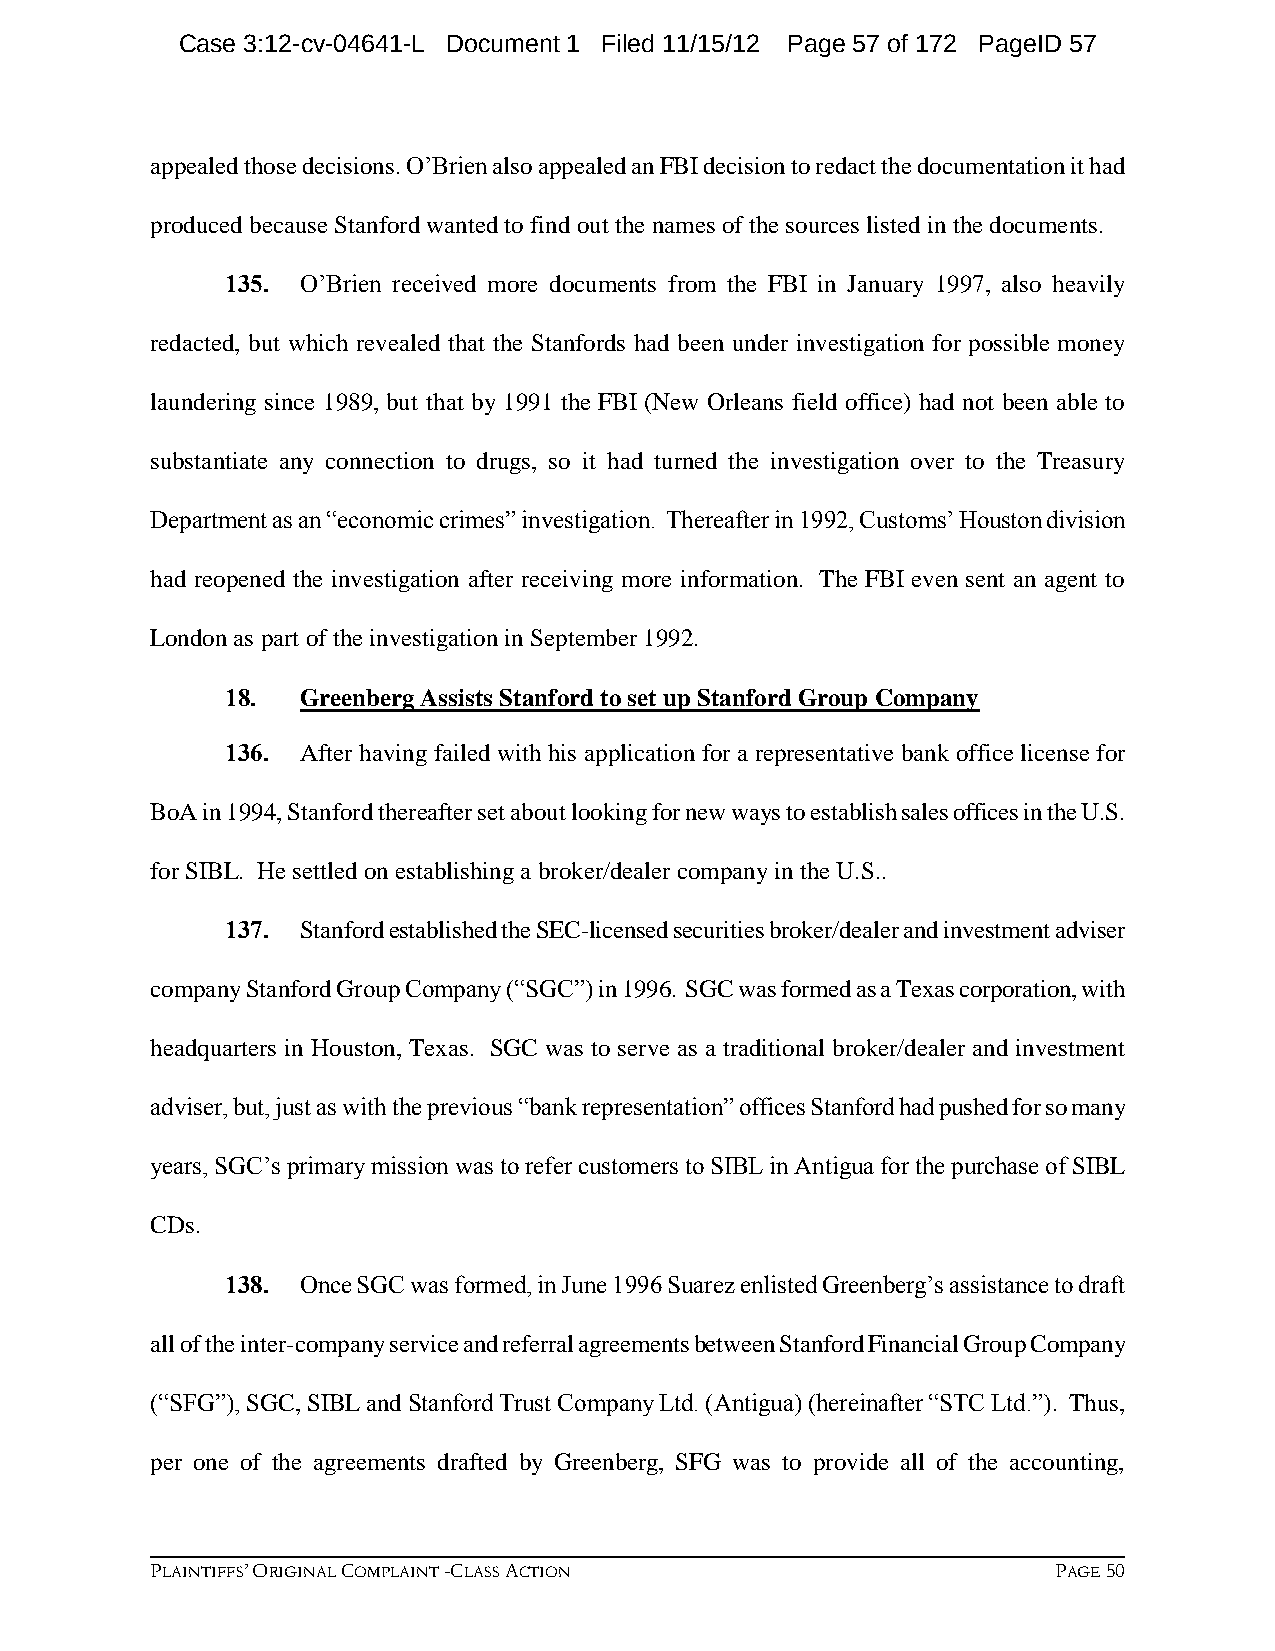
Case 3:12-cv-04641-L Document 1 Filed 11/15/12 Page 57 of 172 PageID 57
 appealed those decisions. O’Brien also appealed an FBI decision to redact the documentation it had
 produced because Stanford wanted to find out the names of the sources listed in the documents.
 135. O’Brien received more documents from the FBI in January 1997, also heavily
 redacted, but which revealed that the Stanfords had been under investigation for possible money
 laundering since 1989, but that by 1991 the FBI (New Orleans field office) had not been able to
 substantiate any connection to drugs, so it had turned the investigation over to the Treasury
 Department as an “economic crimes” investigation. Thereafter in 1992, Customs’ Houston division
 had reopened the investigation after receiving more information. The FBI even sent an agent to
 London as part of the investigation in September 1992.
 18.  Greenberg Assists Stanford to set up Stanford Group Company
 136. After having failed with his application for a representative bank office license for
 BoA in 1994, Stanford thereafter set about looking for new ways to establish sales offices in the U.S.
 for SIBL. He settled on establishing a broker/dealer company in the U.S..
 137. Stanford established the SEC-licensed securities broker/dealer and investment adviser
 company Stanford Group Company (“SGC”) in 1996. SGC was formed as a Texas corporation, with
 headquarters in Houston, Texas. SGC was to serve as a traditional broker/dealer and investment
 adviser, but, just as with the previous “bank representation” offices Stanford had pushed for so many
 years, SGC’s primary mission was to refer customers to SIBL in Antigua for the purchase of SIBL
 CDs.
 138. Once SGC was formed, in June 1996 Suarez enlisted Greenberg’s assistance to draft
 all of the inter-company service and referral agreements between Stanford Financial Group Company
 (“SFG”), SGC, SIBL and Stanford Trust Company Ltd. (Antigua) (hereinafter “STC Ltd.”). Thus,
 per one of the agreements drafted by Greenberg, SFG was to provide all of the accounting,
 PLAINTIFFS’ ORIGINAL COMPLAINT -CLASS ACTION                PAGE 50